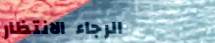
الرجاء الانتظار